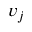
v _ { j }